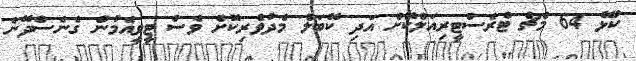
ކުޅޭ 64 މެޗް ޓެރެސްޓީރިއަލްކޮށް އަދި ކޭބަލް މެދުވެރިކޮށް ވެސް ޓީވީއެމުން ގެނެސްދޭނެ